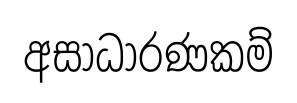
අසාධාරණකම්